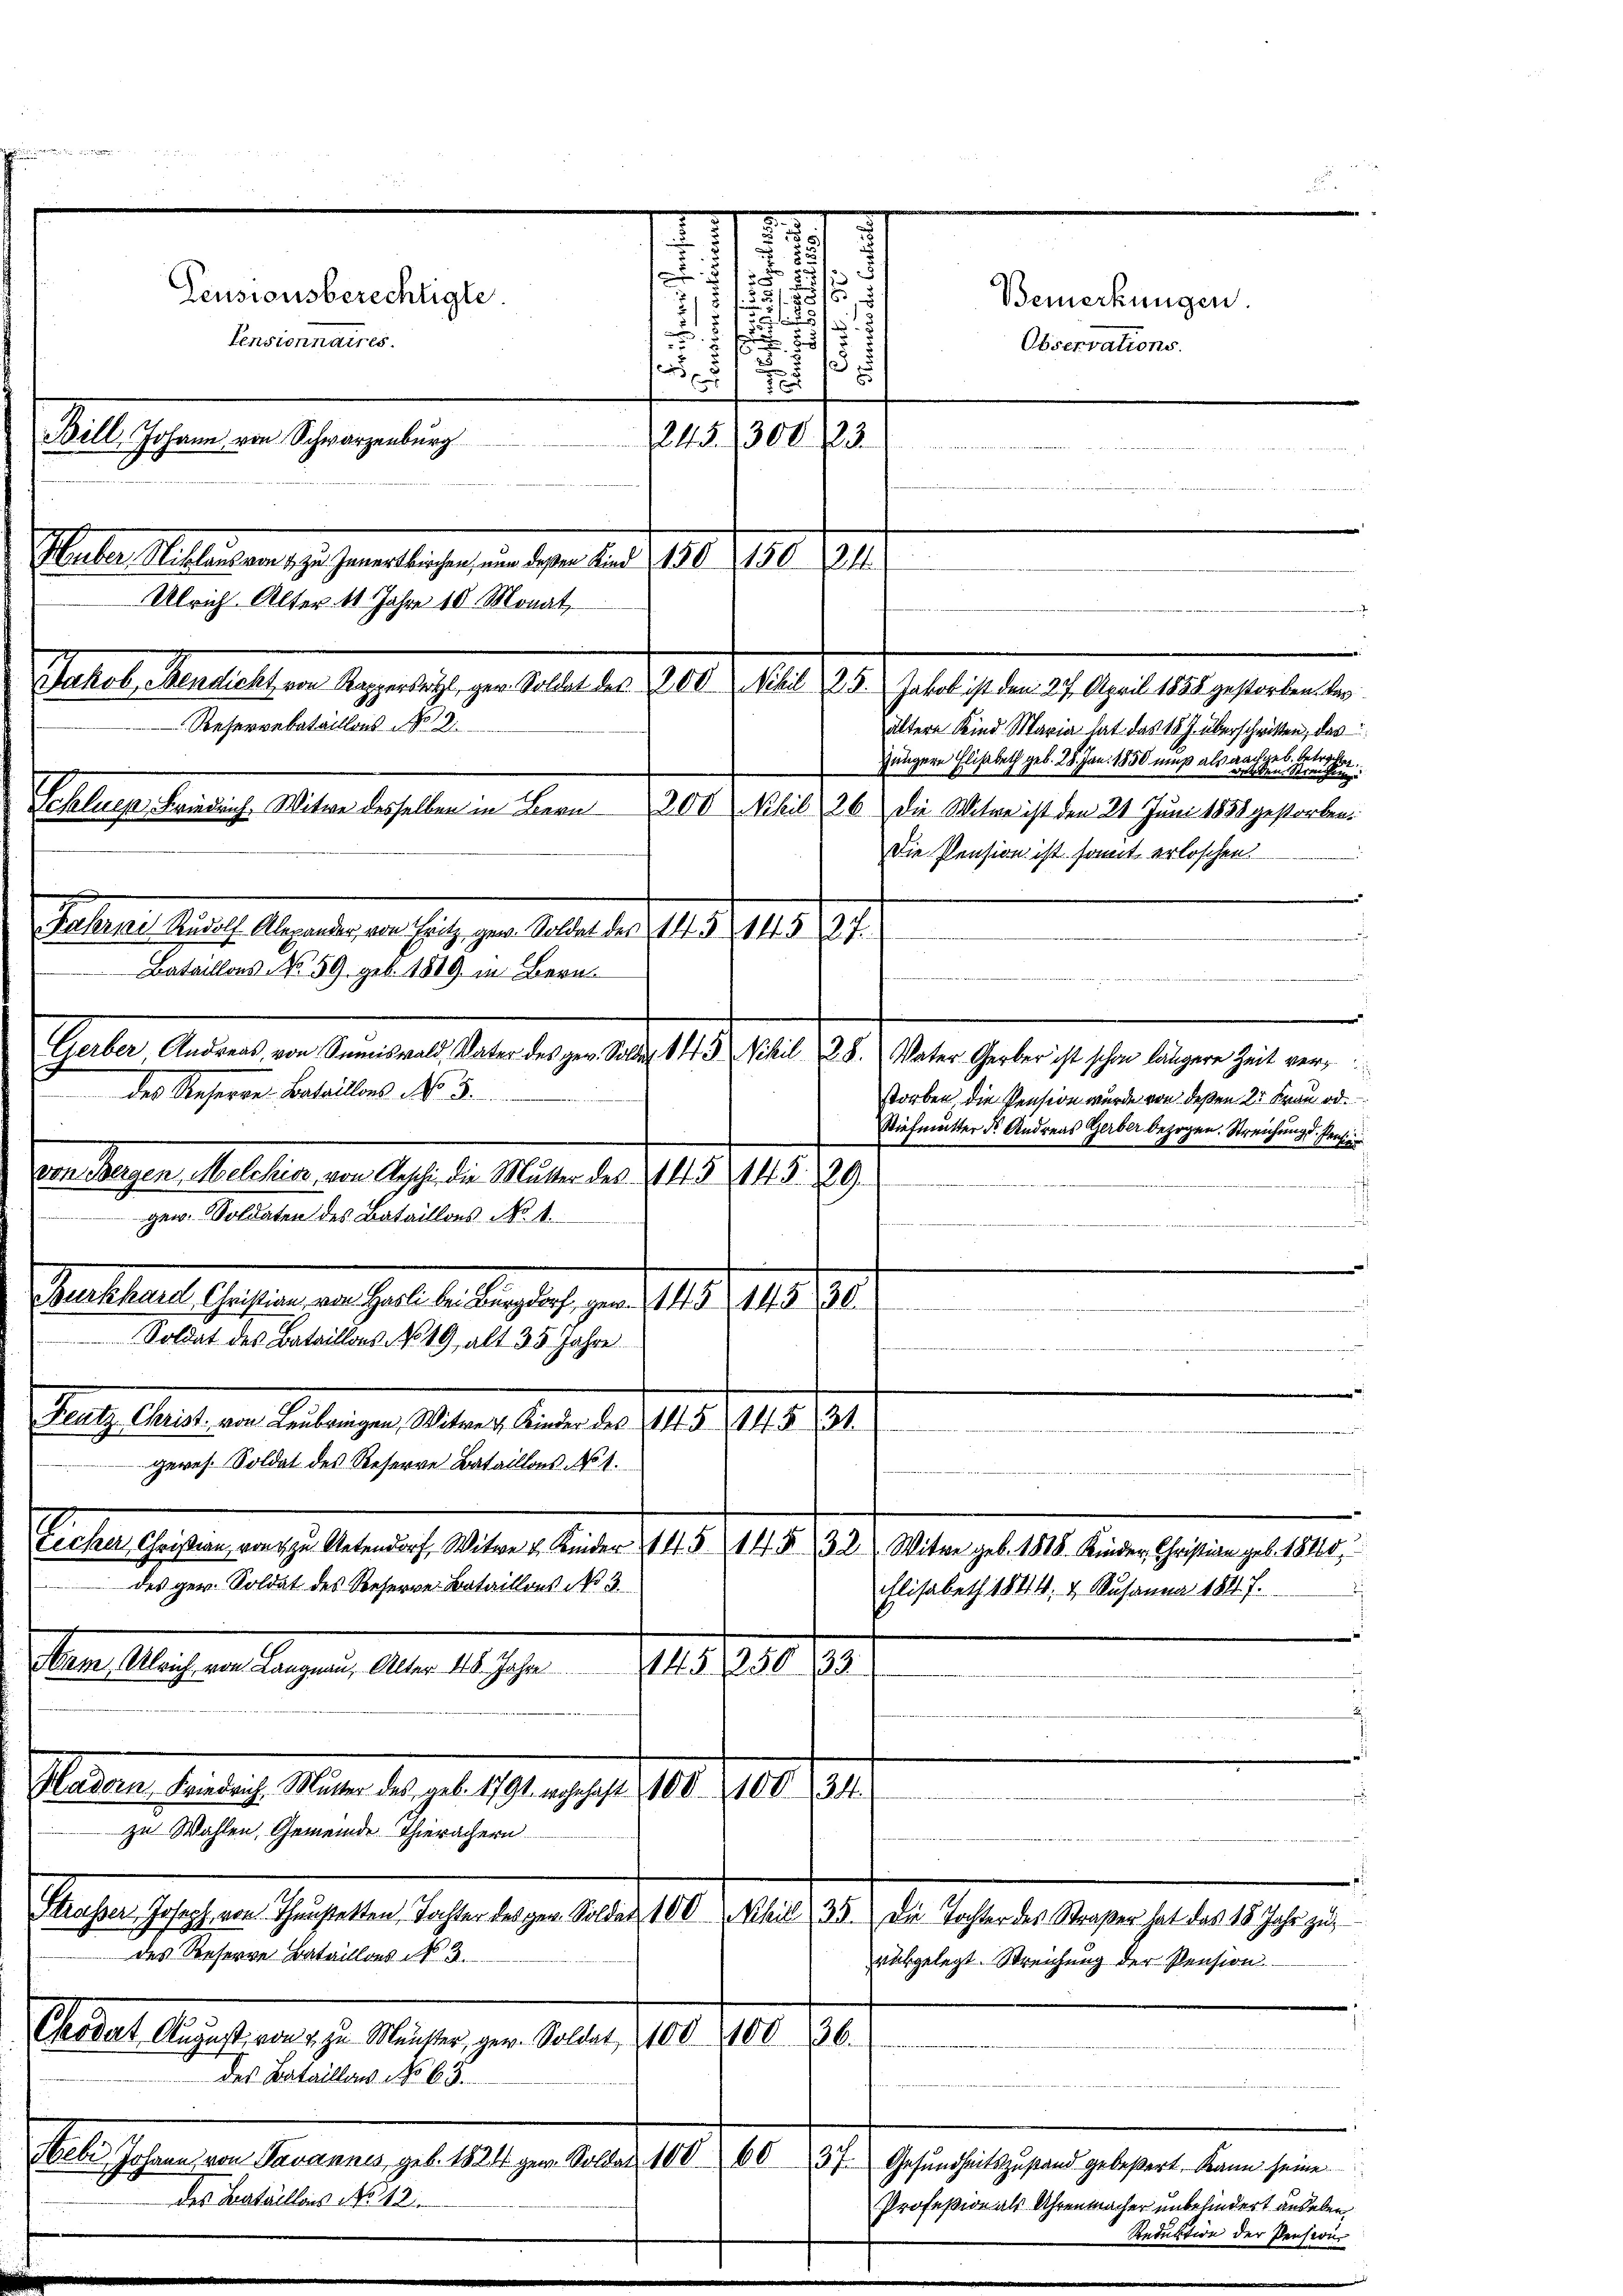
Teusionsberechtigte.
Pensionnaires.
Willschen der Schregelung
Pater Meile an den ist der Belasten Ges. v. a. u. galt aber 14. heute es getretenten
Reservebataillons No 8
Echaluep, Friedrich, Witwe desselben in Bern 200 Nobil 26) Die Witwe ist den 21. Juni 1858 gestorben.
Sallen auch Augenden an sich zur Seite des 1815. 741. 87.
Bataillons No. 59. geb. 1819 in Bern.
Gerber, Andreas von Summiswald, Vater des gev. Solden 143 Nihil 28. Vater Gerber ist schon längere Zeit verdes Reserve-Bataillons No. 3.

ältere Kind Maria hat das 18 J. überschritten, das
Jüngere Elisabeth geb. 28. Jan. 1850 muß als nach geb. betrachten
werden Streichen
Die Pension ist somit erloschen.
.
storben die Pension wurde von deßen Dr Frau od.
Stiefmutter ds Andreas Gerber bezogen. Streichung d. Pensi
e egen Melches von Aesche die Mutter des 145. 148. 29.
gew. Soldaten des Bataillons No. 4.
Bertheilte Geisten an habe der ange in den 10. 198. 8.
.
Soldat des Bataillons No 49 alt 35 Jahre
Frage heute von Leitungen Melang deren des 14. d. 13. 81.
geres. Soldat des Reserve Bataillons No. 1.
Suter sehen den zu kennen. Aber eine 158. 1410. 191. alten u. 14. einen Jahren 1. 1941.
des ger. Soldat des Referre Bataillons No 3.
Elisabeth 18114, & Johanna 1847.
Serastlichen Tagen, Anm. 19.
 630.

des Bataillon No 65.

Machen Gehalten Geselben diesen angen der 1910.
des Reserve Trataillons No 3.
Seter Ansehenen J. Meister zur Seiten,

Betlichen den Berneren zu 10. gen
des Bataillons No 142

Suter Milliren, zu gementliche, in deser bald 156. 198. 21.
Ulrich Alter 11 Jahre 10. Monat

Seine sein ich Mater d. geb. 18 n 1. 191. 1901 S.
zu Wahlen, Gemeinde Thierachern

245. 300 /23.

t

.
¬
1
d
.
¬
er
t

3
s
2

d
s
55/

ten den

a

1
.

7.

36.

Bemerkungen.
Observations.

n
Nihil 35. Die Tochter des Straßer hat das 18 Jahr zu
rükgelegt. Streichung der Pension

37. Gesundheitszustand gebeßert. Kann seine
Profeßion als Uhrenmacher unbehindert andelen,

Reduktion der Pension